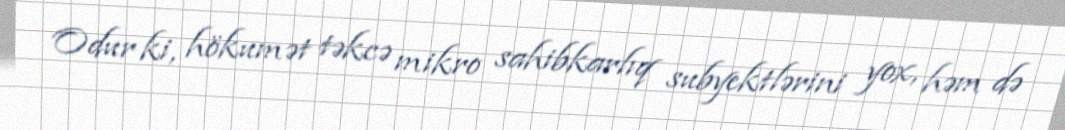
Odur ki, hökumət təkcə mikro sahibkarlıq subyektlərini yox, həm də